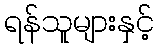
ရန်သူများနှင့်